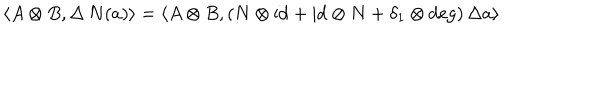
LaTeX: \langle A \otimes B , \Delta \, N ( a ) \rangle = \langle A \otimes B , ( N \otimes \mathrm { i d } + \mathrm { i d } \otimes N + \delta _ { 1 } \otimes \deg ) \, \Delta a \rangle